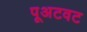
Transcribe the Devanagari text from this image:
पूअटवट